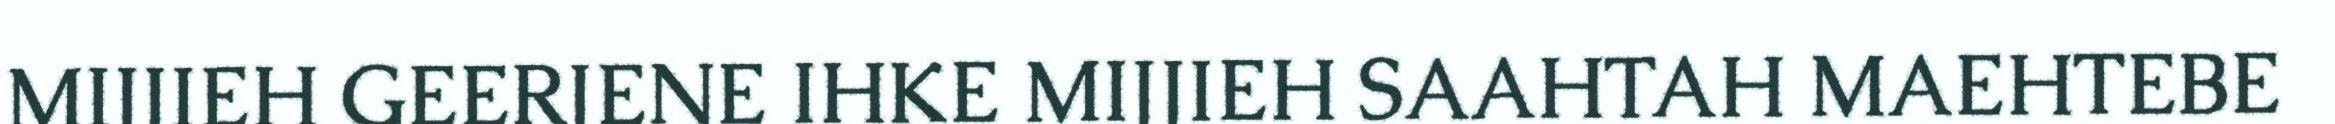
MIJJIEH GEERJENE IHKE MIJJIEH SAAHTAH MAEHTEBE